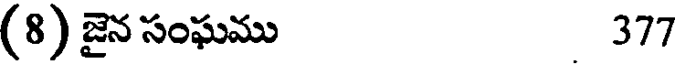
(8) జైన సంఘము 377